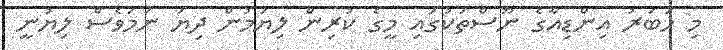
މި ހަބަރު އިންޑިއާގެ ނޫސްތަކުގައި މީގެ ކުރިން ލިޔަމުން ދިޔަ ނަމަވެސް ލިޔުނީ